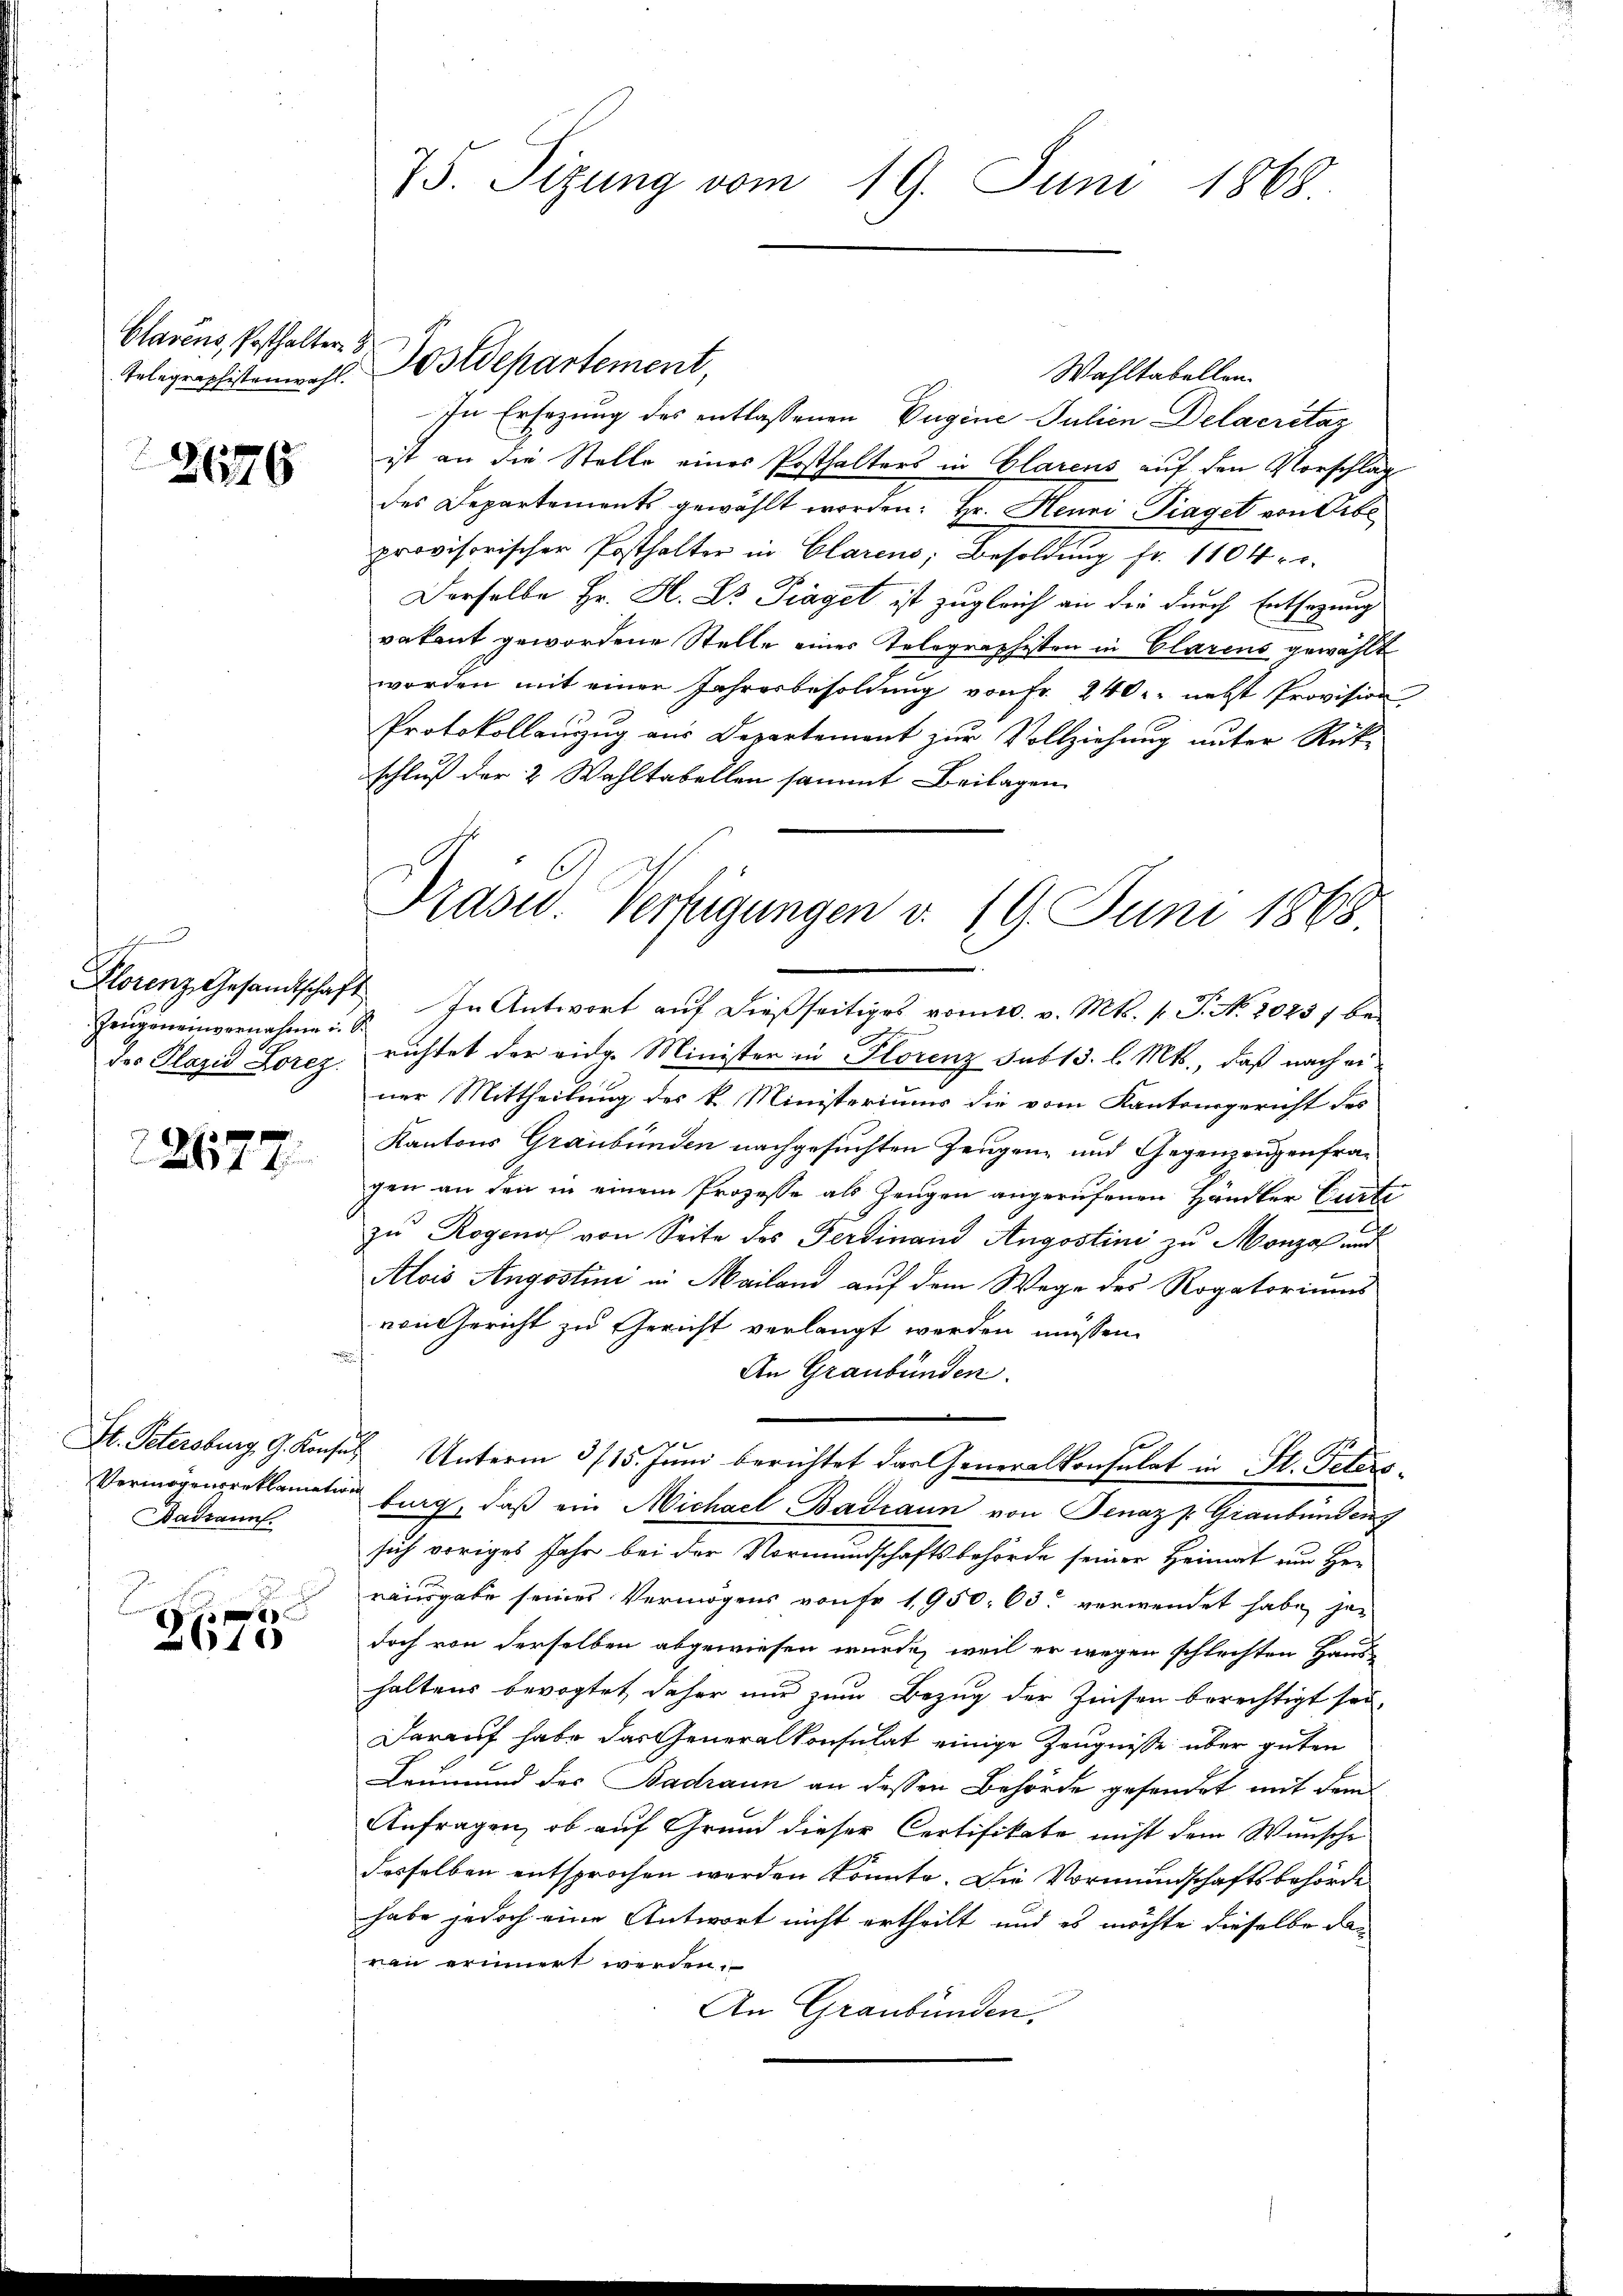
75. Sizung vom 19. Juni 1868.

Clavens, Posthalter 8
Telegraphistenwahl.

Postdepartement,

Wahltabellen.
In Ersezung des entlassenen Vugine Julien Delacrétaz
ist an die Stelle eines Posthalters in Clarens auf den Vorschlag
des Departements gewählt worden: Hr. Henri Piaget von Obe
provisorischer Posthalter in Clarens, Besoldung fr. 1104 r
Derselbe Hr. H. Dr Träget ist zugleich an die durch Entsagung
vakant gewordene Stelle eines Telegraphisten in Clarens gewählt
worden mit einer Jahresbesoldung von Fr. 240. nebst Provision
Protokollanzug aus Departement zur Vollziehung unter Rück-
schluß der 2 Wahltabellen sammt Beilagen
Florenz Gesandtschaft. In Antwort aŭf dießseitiges vom 10. v. Mts. v. J. N. 2025 / be-
.
E
richtet der eidg. Minister in Florenz sub 13. l. Mts., daß nach einer Mittheilung des k. Ministeriums die vom Kantonsgericht des
Kantons Graubünden nachgesuchten Zeugen- und Gegenzeugenfragen an den in einem Prozesse als Zeugen angerufenen Händler Curti
zŭ Rogenof von Seite des Ferdinand Angostini zu Monza und
Alois Angostini in Mailand auf dem Wege des Rogatoriums
von Gericht zu Gericht verlangt werden müssen.
An Graubünden.
St. Petersburg, G. Konses Unterm 3/15. Jŭni berichtet der Generalkonsulat in St. Peters
Vermögensreklamation burg, daβ ein Michael Badann von Senaz P Graubündeng
sich voriges Jahr bei der Vormundschaftsbehörde seiner Heimat am Her
rausgabe seines Vermögens von fr. 1950. 63. verwendet habe jen
doch von derselben abgewiesen wurde, weil er wegen schlechten Haus-
haltens bevogtet daher nur zum Bezug der Zinsen berechtigt sei,
Darauf habe das Generalkonsulat einige Zeugnisse über guten
Leumund des Badraun an dessen Behörde gesendet mit dem
Anfragen, ob auf Grund dieser Certifikate nicht dem Wunsche
desselben entsprochen werden könnte. Die Vormundschaftsbehörde
habe jedoch eine Antwort nicht ertheilt und es möchte dieselbe dan
rau erinnert werden.
An Graubünden,

2676

Präsid. Verfügungen v. 19. Juni 1868.

Zeugen einvernahme u. S.
des Plazid Lorez.

22677

Badkannt

F
10